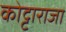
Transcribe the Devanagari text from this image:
कोट्टाराजा